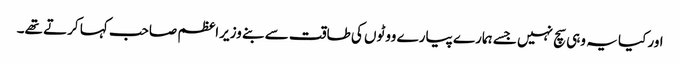
اور کیا یہ وہی سچ نہیں جسے ہمارے پیارے ووٹوں کی طاقت سے بنے وزیراعظم صاحب کہا کرتے تھے۔